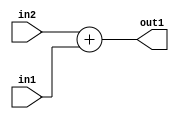
`timescale 1ps / 1ps
/*****************************************************************************
    Verilog RTL Description
    
    
    Created by: Stratus DpOpt 21.05.01 
*******************************************************************************/

module SobelFilter_Add_6Sx3U_6S_4 (
	in2,
	in1,
	out1
	); /* architecture "behavioural" */ 
input [5:0] in2;
input [2:0] in1;
output [5:0] out1;
wire [5:0] asc001;

assign asc001 = 
	+(in2)
	+(in1);

assign out1 = asc001;
endmodule

/* CADENCE  ubD0Sg0= : u9/ySxbfrwZIxEzHVQQV8Q== ** DO NOT EDIT THIS LINE ******/